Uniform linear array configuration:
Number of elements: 8
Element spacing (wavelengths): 1
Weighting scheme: hann
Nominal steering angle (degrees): -15
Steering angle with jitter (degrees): -16.509
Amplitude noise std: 0.05
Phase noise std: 0.05

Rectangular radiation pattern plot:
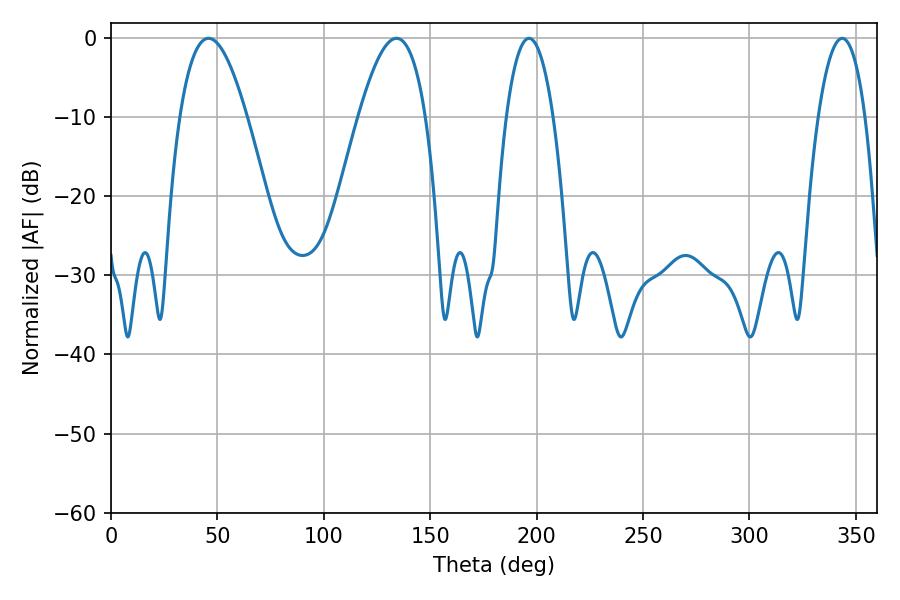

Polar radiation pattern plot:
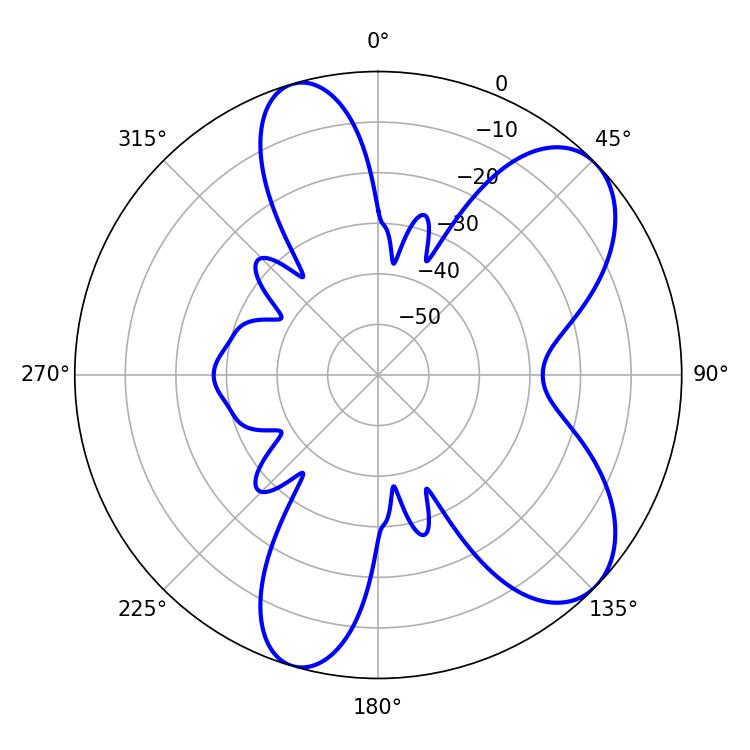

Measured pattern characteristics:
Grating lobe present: TRUE
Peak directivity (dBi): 7.656
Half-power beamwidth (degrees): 12.24
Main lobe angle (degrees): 196.38